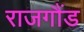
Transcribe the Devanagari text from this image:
राजगौंड